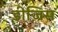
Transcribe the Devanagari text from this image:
डीज़िस